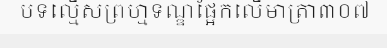
បទល្មើសព្រហ្មទណ្ឌផ្អែកលើមាត្រា៣០៧